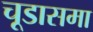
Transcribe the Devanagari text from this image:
चूडासमा